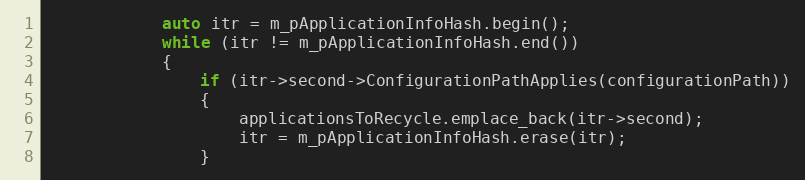
Language: C++
            auto itr = m_pApplicationInfoHash.begin();
            while (itr != m_pApplicationInfoHash.end())
            {
                if (itr->second->ConfigurationPathApplies(configurationPath))
                {
                    applicationsToRecycle.emplace_back(itr->second);
                    itr = m_pApplicationInfoHash.erase(itr);
                }